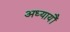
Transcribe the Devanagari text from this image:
अध्यायौं